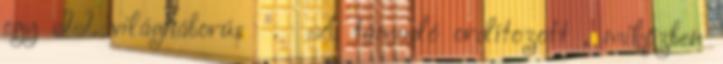
egy II. világháborús . A támadó ordítozott , miközben